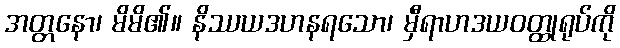
အတ္တနော၊ မိမိ၏။ နိဿယဒဟနရသော၊ မှီရာဟဒယဝတ္ထုရုပ်ကို